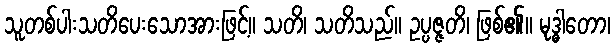
သူတစ်ပါးသတိပေးသောအားဖြင့်။ သတိ၊ သတိသည်။ ဥပ္ပဇ္ဇတိ၊ ဖြစ်၏။ မုဒ္ဓါတော၊